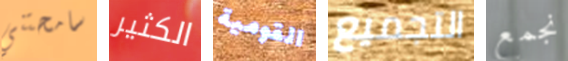
سامحتني الكثير القومية التجميع نجمع